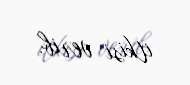
itkisi verib.